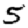
Digit: 5